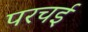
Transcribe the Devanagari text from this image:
परचई